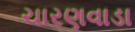
ચારણવાડા